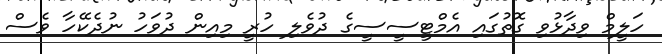
ހަލީމް ވިދާޅުވި ގޮތުގައި އެމްޓީސީސީގެ ދުވެލި ހުރީ މިއިން ދުވަހު ނުދެކޭހާ ވެސް